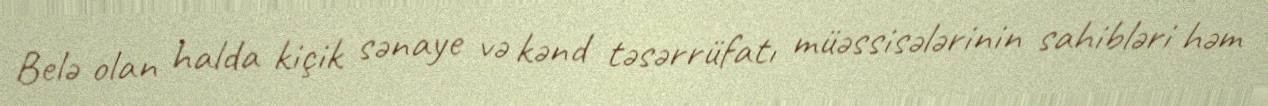
Belə olan halda kiçik sənaye və kənd təsərrüfatı müəssisələrinin sahibləri həm